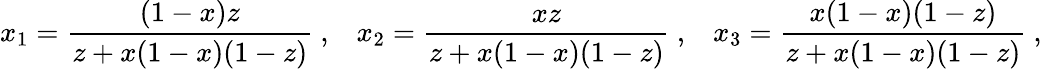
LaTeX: x_{1}=\frac{(1-x)z}{z+x(1-x)(1-z)}~,\; \; \; x_{2}=\frac{xz}{z+x(1-x)(1-z)}~,\; \; \; x_{3}=\frac{x(1-x)(1-z)}{z+x(1-x)(1-z)}~,